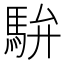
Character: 䮁